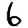
Digit: 6